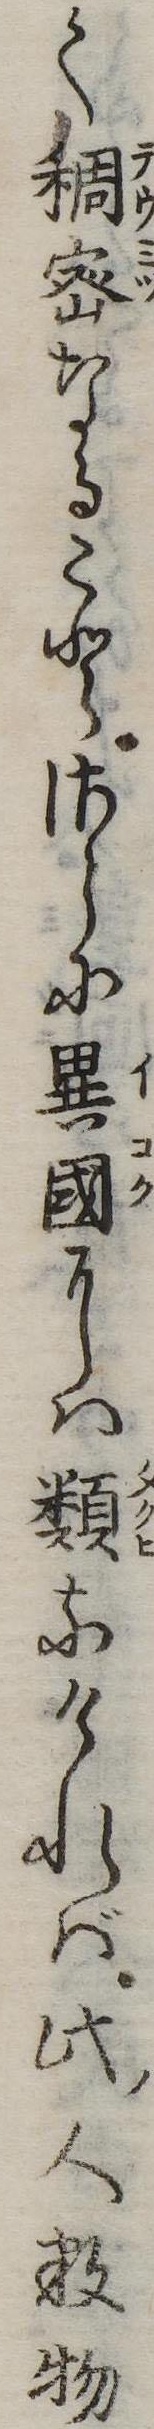
く稠密なることさらに異国には類なければ此人数物